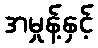
အမှုန့်နှင့်